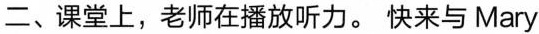
二、课堂上，老师在播放听力。快来与Mary